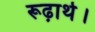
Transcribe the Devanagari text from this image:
रूढ़ार्थ।